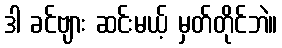
ဒါ ခင်ဗျား ဆင်းမယ့် မှတ်တိုင်ဘဲ။